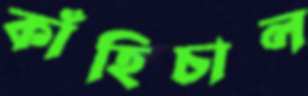
কাঁহিচাল